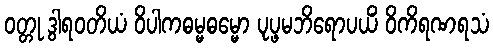
ဝတ္တု ဒွါရဝတိယံ ဝိပါကဓမ္မဓမ္မော ပုပ္ဖမဘိရောပယိံ ဝိကိရဏရသံ